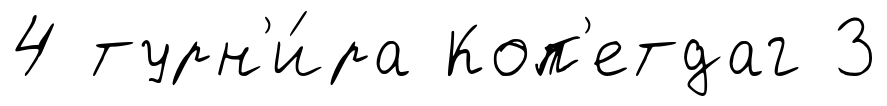
4 турн'и́ра Коп'етдаг 3